Civil Veterinary Department. Central Provinces & Berar 1925-31 - 1925-1931
Year: 1925
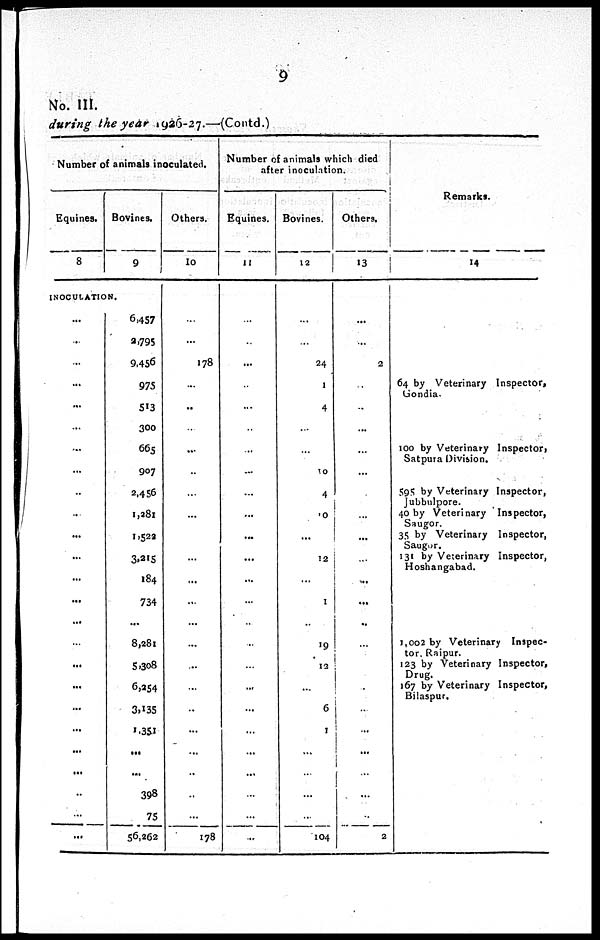
9
No. III.
during the year 1926-27.—(Contd.)
Number of animals inoculated.
Equines.
8
Bovines.
9
INOCULATION.
...
...
...
...
...
...
...
...
..
...
...
...
...
...
...
...
...
...
...
...
...
...
...
...
6,457
2,795
9,456
975
513
300
665
907
2,456
1,281
1,522
3,215
184
734
8,281
5,308
6,254
3,135
1,351
...
...
398
75
56,262
Others.
10
...
...
178
...
...
...
...
...
...
...
...
...
...
...
...
...
...
...
...
...
...
...
...
...
178
Number of animals which died
after inoculation.
Equines.
11
...
...
...
...
...
...
...
...
...
...
...
...
...
...
...
...
...
...
...
...
...
...
...
...
...
Bovines.
12
...
...
24
1
4
...
...
10
4
10
...
12
...
1
19
12
...
6
1
...
...
...
...
104
Others.
13
...
...
2
...
...
...
...
...
...
...
...
...
...
...
...
...
...
...
...
...
... ...
...
2
Remarks.
14
64 by Veterinary Inspector,
Gondia.
100 by Veterinary Inspector,
Satpura Division.
595 by Veterinary Inspector,
Jubbulpore.
40 by Veterinary Inspector,
Saugor.
35 by Veterinary Inspector,
Saugor.
131 by Veterinary Inspector,
Hoshangabad.
1,002 by Veterinary Inspec-
tor, Raipur.
123 by Veterinary Inspector,
Drug.
167 by Veterinary Inspector,
Bilaspur.